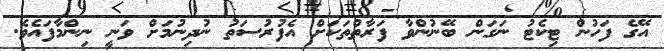
އޭގެ ފަހުން ޓިކެޓު ނަގަން ބޭނުންވާ ފަރާތްތަކަށް އެފުރުސަތު ނުދިނުމަށް ވަނީ ނިންމާފައެވެ.